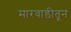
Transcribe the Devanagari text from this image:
मारवाडीतून